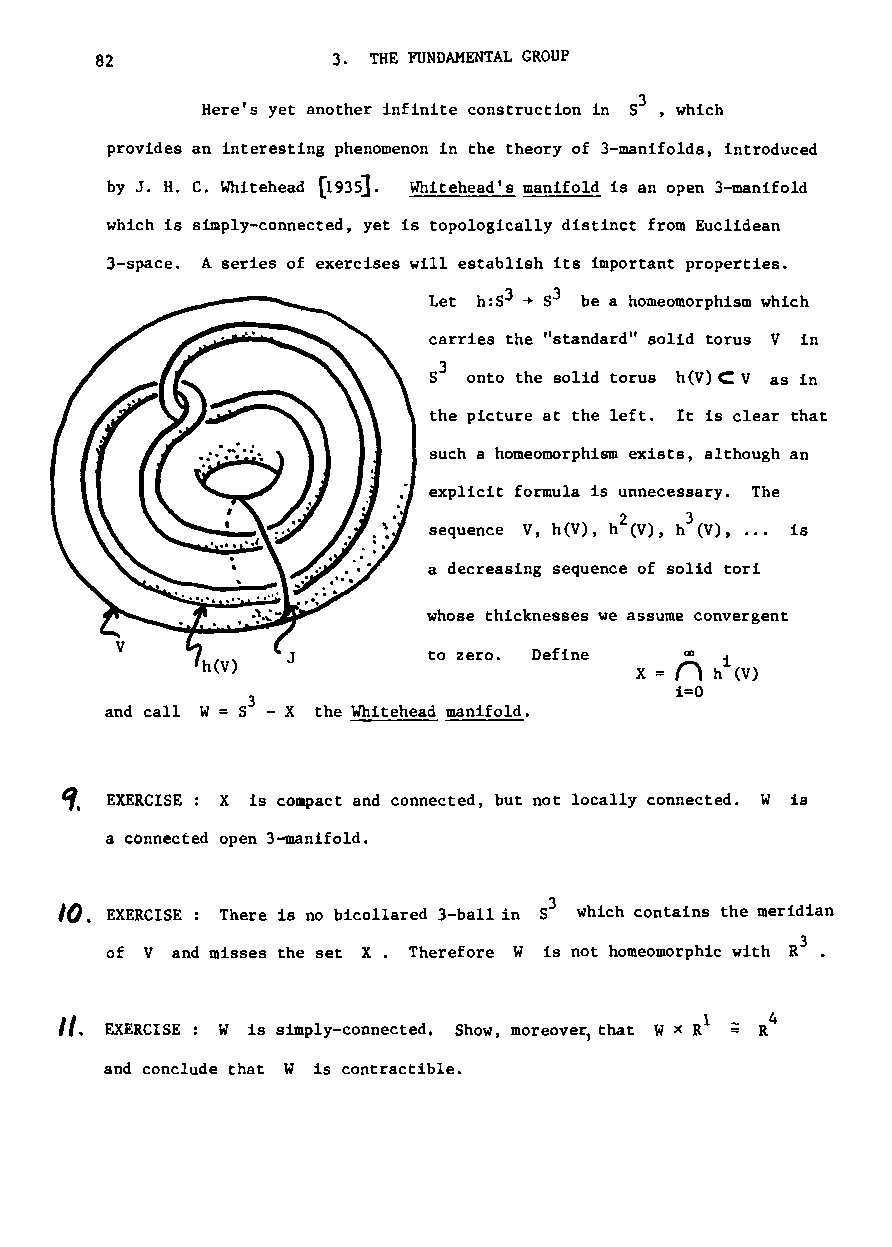
82              3. THE FUNDAMENTAL GROUP
 Here's yet another infinite construction in 53 , which
 provides an interesting phenomenon in the theory of 3-manifolds, introduced
 by J. H. C. Whitehead [1935]. Whitehead's manifold is an open 3-manifold
 which is simply-connected, yet is topologically distinct from Euclidean
 3-space. Aseries of exercises will establish its important properties.
 Let h:S3 ~ 53 be a homeomorphism which
 carries the "standard" solid torus V in
 53 onto the solid torus h(V)C: V as in
 the picture at the left. It is clear that
 such a homeomorphism exists, although an
 explicit formula is unnecessary. The
 2   3
 sequence V, h(V), h (V), h (V), is
 a decreasing sequence of solid tori
 whose thicknesses we assume convergent
 to zero. Define  nco i
 x
 h (V)
 1=0
 and call W= 53 - X the Whitehead manifold.
 ~. EXERCISE: X is compact and connected, but not locally connected. W is
 a connected open 3-manifold.
 I~.
 EXERCISE: There is no bicollared 3-ball in 53 which contains the meridian
 3
 of V and misses the set X. Therefore W is not homeomorphic with R .
 II. EXERCISE : w is simply-connected. Show, moreover, that R4
 and conclude that W is contractible.